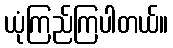
ယုံကြည်ကြပါတယ်။